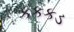
કકકડ